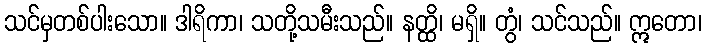
သင်မှတစ်ပါးသော။ ဒါရိကာ၊ သတို့သမီးသည်။ နတ္ထိ၊ မရှိ။ တွံ၊ သင်သည်။ ဣတော၊